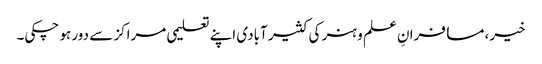
خیر، مسافرانِ علم و ہنر کی کثیر آبادی اپنے تعلیمی مراکز سے دور ہو چکی۔